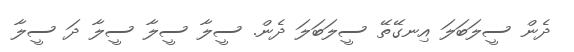
ދެން ސީލަބަލަ އިނގޭތޭ ސީލަބަލަ ދެން. ސީލާ ސީލާ ސީލާ ދަ ސީލާ